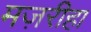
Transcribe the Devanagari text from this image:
मज़रीहा